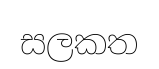
සලකත